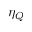
\eta _ { Q }